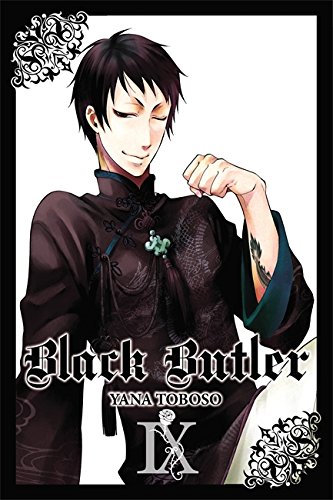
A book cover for Black Butler, Vol. 9; Comics & Graphic Novels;